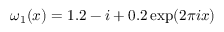
\omega _ { 1 } ( x ) = 1 . 2 - i + 0 . 2 \exp ( 2 \pi i x )